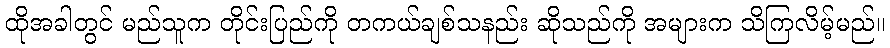
ထိုအခါတွင် မည်သူက တိုင်းပြည်ကို တကယ်ချစ်သနည်း ဆိုသည်ကို အများက သိကြလိမ့်မည်။